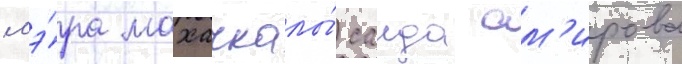
мэ́ра махачкалы́ саида ам'ирова